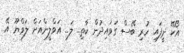
އޯކޭ ދީފައި ހުރި ބޭސް ގަވައިދުން ކާތި.. ލަ.. އަވްލީންއަށް ލަވްޔޫ އޭ